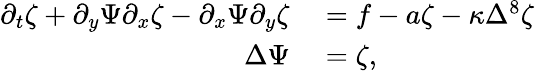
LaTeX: \begin{array}{rl}{\partial_{t}\zeta+\partial_{y}\Psi\partial_{x}\zeta-\partial_{x}\Psi\partial_{y}\zeta}&{{}=f-a\zeta-\kappa\Delta^{8}\zeta}\\ {\Delta\Psi}&{{}=\zeta,}\end{array}